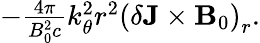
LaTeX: \begin{array}{r}{-\frac{4\pi}{B_{0}^{2}c}k_{\theta}^{2}r^{2}\left(\delta\mathbf{J}\times\mathbf{B}_{0}\right)_{r}.}\end{array}